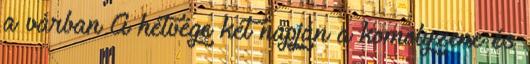
a várban A hétvége két napján a komolyzene és